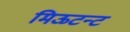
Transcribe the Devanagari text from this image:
मिऊटन्ट